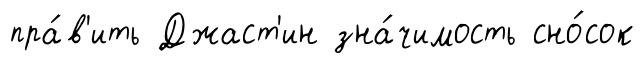
пра́в'ить Джаст'ин зна́чимость сно́сок